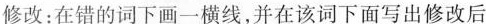
修改:在错的词下画一横线,并在该词下面写出修改后